Report on vaccination in Madras 1895-1903 - 1895-1903
Year: 1895
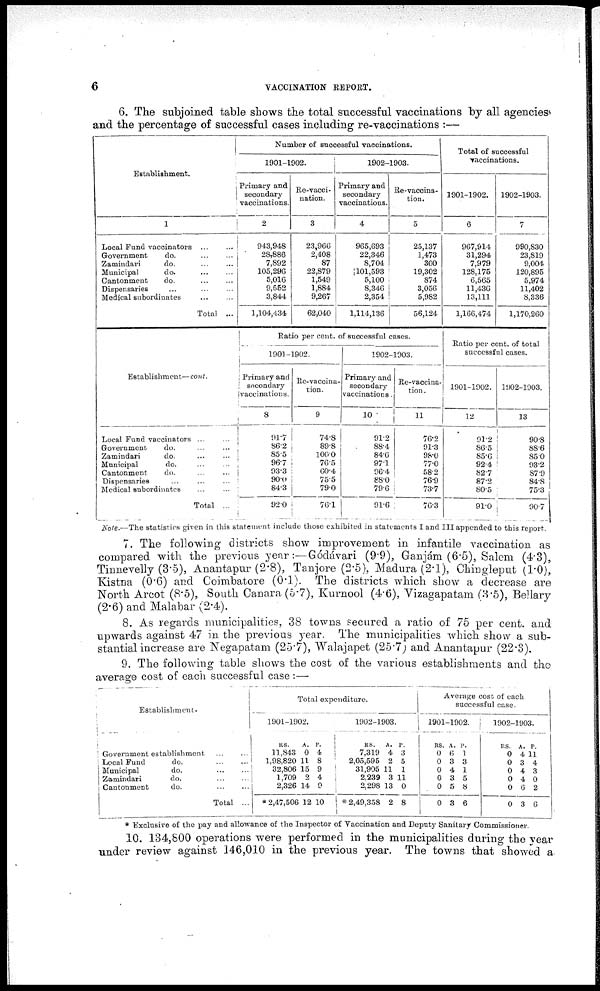
6
VACCINATION REPORT.
6. The subjoined table shows the total successful vaccinations by all agencies
and the percentage of successful cases including re-vaccinations :—
Establishment.
1
Local Fund vaccinators
...
...
Government
do.
...
...
Zamindari
do.
...
...
Municipal
do.
...
...
Cantonment
do.
...
...
Dispensaries
...
...
...
Medical subordinates ... ...
Total ...
Establishment—cont.
Local Fund vaccinators
...
...
Government
do.
...
...
Zamindari
do.
...
...
Municipal
do. ... ...
Cantonment
do.
...
...
Dispensaries
...
...
...
Medical subordinates
...
...
Total ...
Number of successful vaccinations.
1901-1902.
Primary and
secondary
vaccinations.
2
943,948
28,886
7,892
105,296
5,016
9,562
3,844
1,104,434
Re-vacci-
nation.
3
23,966
2,408
87
22,879
1,549
1,884
9,267
62,040
1902-1903.
Primary and
secondary
vaccinations.
4
965,693
22,346
8,704
101,593
5,100
8,346
2,354
1,114,136
Re-vaccina-
tion.
5
25,137
1,473
300
19,302
874
3,056
5,982
56,124
Ratio per cent. of successful cases.
1901-1902.
Primary and
secondary
vaccinations.
8
91.7
86.2
85.5
96.7
93.3
90.0
84.3
92.0
Re-vaccina¬
tion.
9
74.8
89.8
100.0
76.5
60.4
75.5
79.0
76.1
1902-1903.
Primary and
secondary
vaccinations
10
91.2
88.4
84.6
97.1
96.4
88.0
79.6
91.6
Re-vaccina-
tion.
11
76.2
91.3
98.0
77.0
58.2
76.9
73.7
76.3
Total of successful
vaccinations.
1901-1902.
6
967,914
31,294
7,979
128,175
6,565
11,436
13,111
1,166,474
1902-1903.
7
990,830
23,819
9,004
120,895
5,974
11,402
8,336
1,170,260
Ratio per cent. of total
successful cases.
1901-1902.
12
91.2
86.5
85.6
92.4
82.7
87.2
80.5
91.0
1902-1903.
13
90.8
88.6
85.0
93.2
87.9
84.8
75.3
90.7
Note.—The statistics given in this statement include those exhibited in statements I and III appended to this report.
7. The following districts show improvement in infantile vaccination as
compared with the previous year:—Gódávari (9.9), Ganjám (6.5), Salem (4.3),
Tinnevelly (3.5), Anantapur (2.8), Tanjore (2.5), Madura (2.1), Chingleput (1.0),
Kistna (0.6) and Coimbatore (0.1). The districts which show a decrease are
North Arcot (8.5), South Canara (5.7), Kurnool (4.6), Vizagapatam (3.5), Bellary
(2.6) and Malabar (2.4).
8. As regards municipalities, 38 towns secured a ratio of 75 per cent. and
upwards against 47 in the previous year. The municipalities which show a sub-
stantial increase are Negapatam (25.7), Walajapet (25.7) and Anantapur (22.3),
9. The following table shows the cost of the various establishments and the
average cost of each successful case :—
Establishment.
Government establishment
...
...
Local Fund
do.
...
...
Municipal
do.
...
...
Zamindari
do. ... ...
Cantonment
do. ... ...
Total ...
Total expenditure.
1901-1902.
RS.
11,843
1,98,820
32,806
1,709
2,326
* 2,47,506
A.
0
11
15
2
14
12
P.
4
8
9
4
9
10
1902-1903.
RS.
7,319
2,05,595
31,905
2,239
2,298
* 2,49,358
A.
4
2
11
3
13
2
P.
3
5
1
11
0
8
Average cost of each
successful case.
1901-1902.
RS.
0
0
0
0
0
0
A.
6
3
4
3
5
3
P.
1
3
1
5
8
6
1902-1903.
RS.
0
0
0
0
0
0
A.
4
3
4
4
6
6
P.
11
4
3
0
2
6
* Exclusive of the pay and allowance of the Inspector of Vaccination and Deputy Sanitary Commissioner.
10. 134,800 operations were performed in the municipalities during the year
under review against 146,010 in the previous year. The towns that showed a